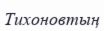
Тихоновтың